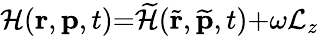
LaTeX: {\cal H}(\mathbf{r},\mathbf{p},t){=}\widetilde{\cal H}(\widetilde{\mathbf{r}},\widetilde{\mathbf{p}},t){+}\omega{\cal L}_{z}